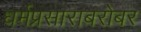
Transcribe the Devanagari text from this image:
धर्मप्रसाराबरोबर